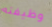
وظيفته